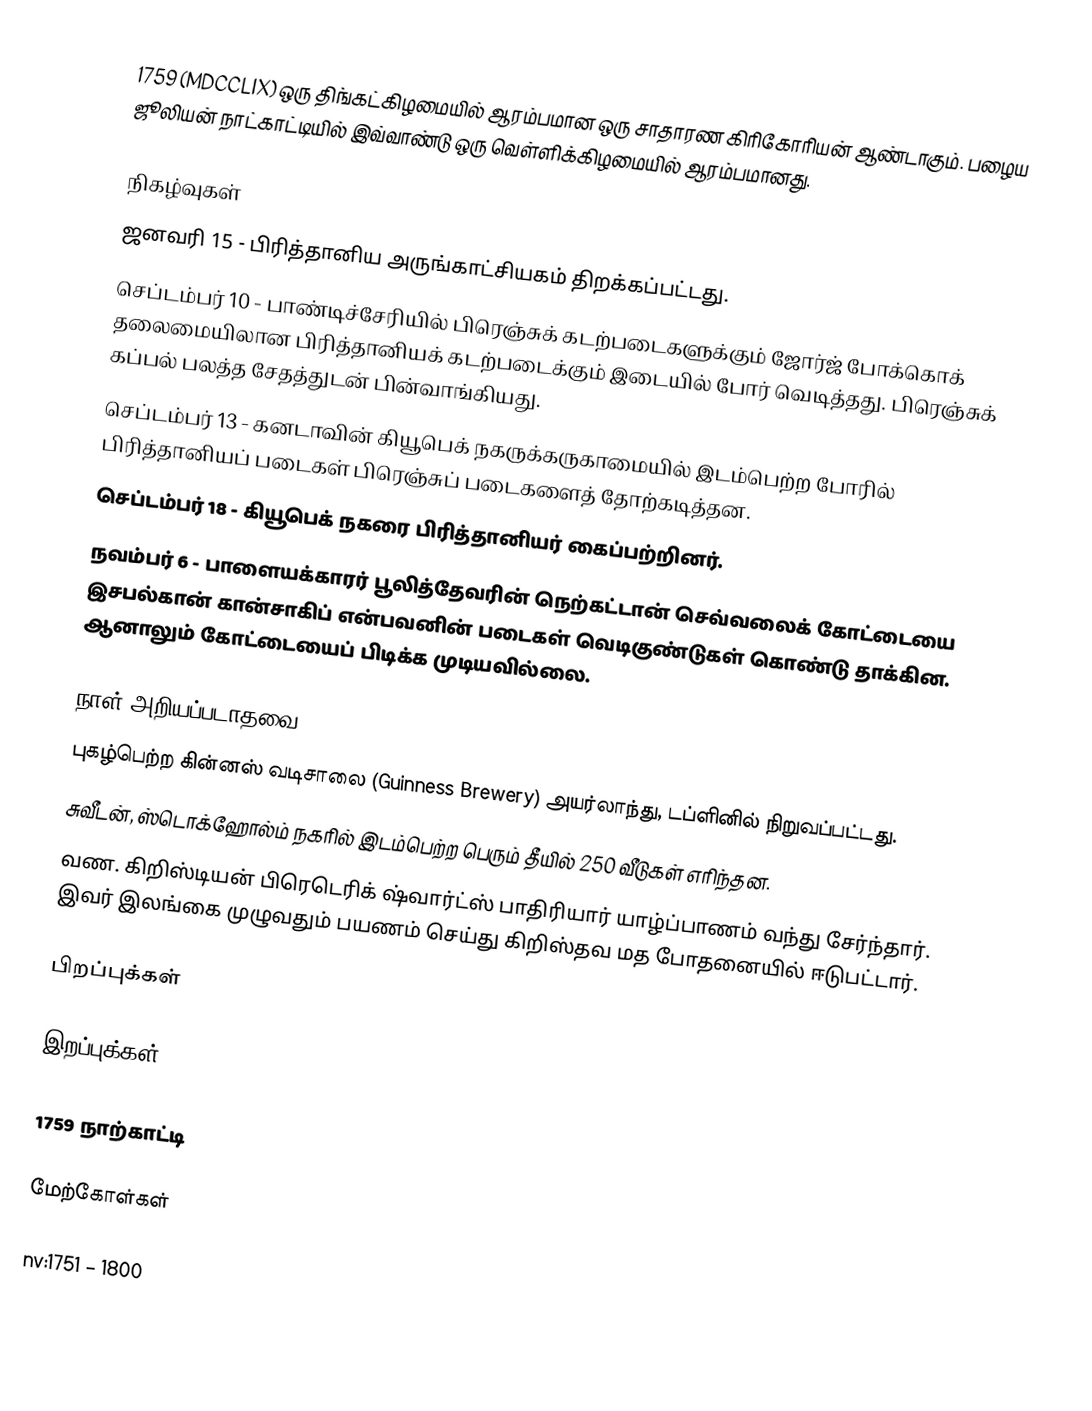
1759  (MDCCLIX) ஒரு திங்கட்கிழமையில் ஆரம்பமான ஒரு சாதாரண கிரிகோரியன் ஆண்டாகும். பழைய ஜூலியன் நாட்காட்டியில் இவ்வாண்டு ஒரு வெள்ளிக்கிழமையில் ஆரம்பமானது.

நிகழ்வுகள்
 ஜனவரி 15 - பிரித்தானிய அருங்காட்சியகம் திறக்கப்பட்டது.
 செப்டம்பர் 10 - பாண்டிச்சேரியில் பிரெஞ்சுக் கடற்படைகளுக்கும் ஜோர்ஜ் போக்கொக் தலைமையிலான பிரித்தானியக் கடற்படைக்கும் இடையில் போர் வெடித்தது. பிரெஞ்சுக் கப்பல் பலத்த சேதத்துடன் பின்வாங்கியது.
 செப்டம்பர் 13 - கனடாவின் கியூபெக் நகருக்கருகாமையில் இடம்பெற்ற போரில் பிரித்தானியப் படைகள் பிரெஞ்சுப் படைகளைத் தோற்கடித்தன.
 செப்டம்பர் 18 - கியூபெக் நகரை பிரித்தானியர் கைப்பற்றினர்.
 நவம்பர் 6 - பாளையக்காரர் பூலித்தேவரின் நெற்கட்டான் செவ்வலைக் கோட்டையை இசபல்கான் கான்சாகிப் என்பவனின் படைகள் வெடிகுண்டுகள் கொண்டு தாக்கின. ஆனாலும் கோட்டையைப் பிடிக்க முடியவில்லை.

நாள் அறியப்படாதவை
 புகழ்பெற்ற கின்னஸ் வடிசாலை (Guinness Brewery) அயர்லாந்து, டப்ளினில் நிறுவப்பட்டது.
 சுவீடன், ஸ்டொக்ஹோல்ம் நகரில் இடம்பெற்ற பெரும் தீயில் 250 வீடுகள் எரிந்தன.
 வண. கிறிஸ்டியன் பிரெடெரிக் ஷ்வார்ட்ஸ் பாதிரியார் யாழ்ப்பாணம் வந்து சேர்ந்தார். இவர் இலங்கை முழுவதும் பயணம் செய்து கிறிஸ்தவ மத போதனையில் ஈடுபட்டார்.

பிறப்புக்கள்

இறப்புக்கள்

1759 நாற்காட்டி

மேற்கோள்கள்

nv:1751 – 1800